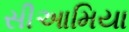
સીઆમિયા